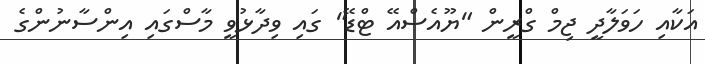
އަކާއި ހަވަލާދީ ޖިމް ގްރީން "ޔޫއެސްއޭ ޓްޑޭ" ގައި ވިދާޅުވީ މާސްގައި އިންސާނުންގެ